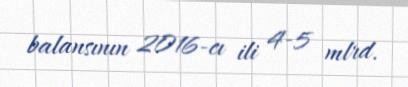
balansının 2016-cı ili 4-5 mlrd.